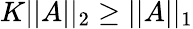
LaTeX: K\vert\vert A\vert\vert_{2}\geq\vert\vert A\vert\vert_{1}